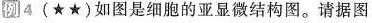
例4 (★★)如图是细胞的亚显微结构图。请据图